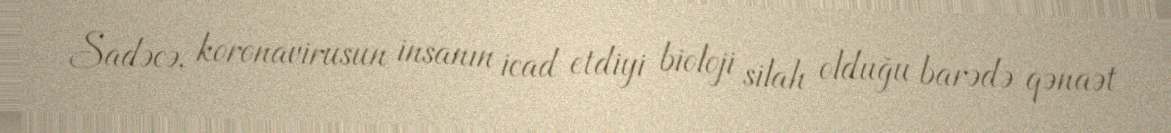
Sadəcə, koronavirusun insanın icad etdiyi bioloji silah olduğu barədə qənaət